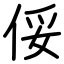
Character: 俀